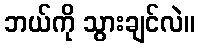
ဘယ်ကို သွားချင်လဲ။